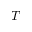
T